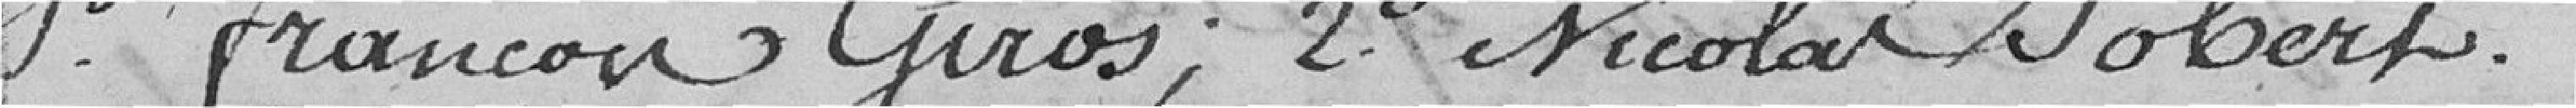
1° François Giros ; 2° Nicolas Jobert